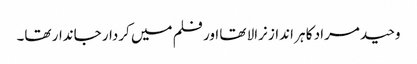
وحید مراد کا ہر انداز نرالا تھا اور فلم میں کردار جاندار تھا۔